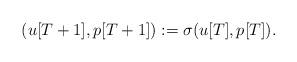
LaTeX: \begin{align*}(u[T+1],p[T+1]):=\sigma (u[T],p[T]).\end{align*}